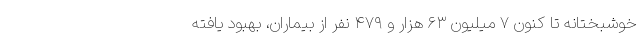
خوشبختانه تا کنون ۷ میلیون ۶۳ هزار و ۴۷۹ نفر از بیماران، بهبود یافته